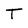
Character: t